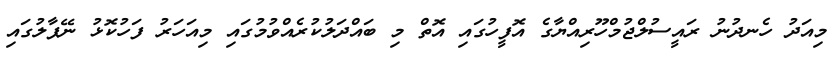
މިއަދު ހެނދުނު ރައީސުލްޖުމްހޫރިއްޔާގެ އޮފީހުގައި އޮތް މި ބައްދަލުކުރެއްވުމުގައި މިއަހަރު ފަހުކޮޅު ނޭޕާލުގައި